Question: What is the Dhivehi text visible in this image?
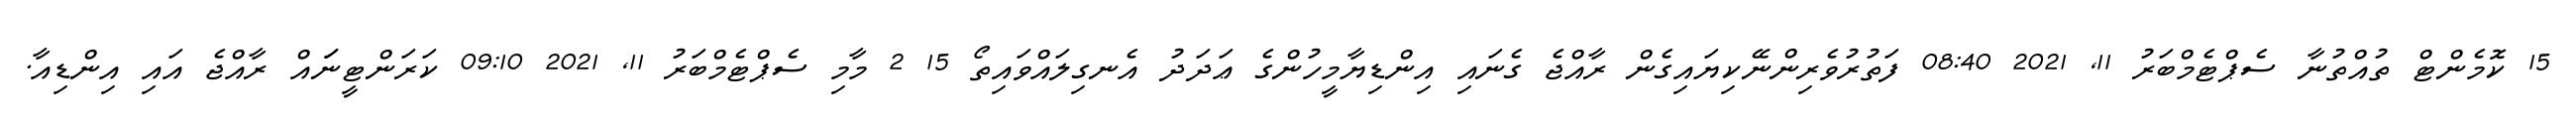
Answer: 15 ކޮމެންޓް ތުއްތުނާ ސެޕްޓެމްބަރު 11, 2021 08:40 ފަތުރުވެރިންނޭކިޔައިގެން ރާއްޖެ ގެނައި އިންޑިޔާމީހުންގެ ޢަދަދު އެނގިލައްވައިތޯ 15 2 މާމި ސެޕްޓެމްބަރު 11, 2021 09:10 ކަރަންޓީނަައް ރާއްޖެ އައި އިންޑިއާ.